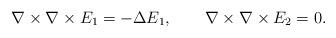
LaTeX: \begin{align*} \nabla\times\nabla\times E_1 = -\Delta E_1,\qquad \nabla\times\nabla\times E_2 =0. \end{align*}